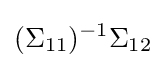
(\Sigma _{11})^{-1}\Sigma _{12}